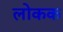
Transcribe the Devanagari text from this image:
लोकक